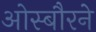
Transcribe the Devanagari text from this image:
ओस्बौरने